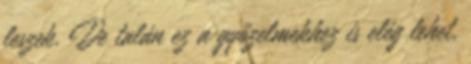
leszek. De talán ez a győzelmekhez is elég lehet,